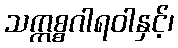
သက္ကစ္စဂါရဝါနှင့်၊